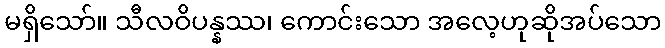
မရှိသော်။ သီလဝိပန္နဿ၊ ကောင်းသော အလေ့ဟုဆိုအပ်သော